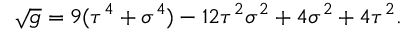
\sqrt { g } = 9 ( \tau ^ { 4 } + \sigma ^ { 4 } ) - 1 2 \tau ^ { 2 } \sigma ^ { 2 } + 4 \sigma ^ { 2 } + 4 \tau ^ { 2 } .